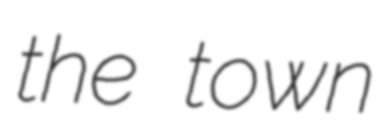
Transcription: the town